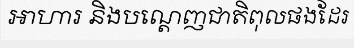
អាហារ និងបណ្តេញជាតិពុលផងដែរ